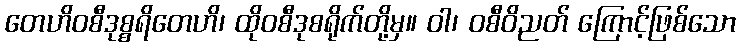
တေဟိဝစီဒုစ္စရိတေဟိ၊ ထိုဝစီဒုစရိုက်တို့မှ။ ဝါ၊ ဝစီဝိညတ် ကြောင့်ဖြစ်သော